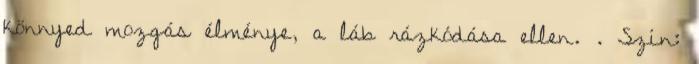
könnyed mozgás élménye, a láb rázkódása ellen. . Szín: